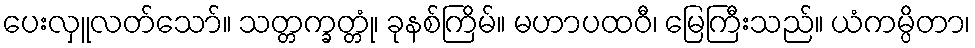
ပေးလှူလတ်သော်။ သတ္တက္ခတ္တုံ၊ ခုနစ်ကြိမ်။ မဟာပထဝီ၊ မြေကြီးသည်။ ယံကမ္ပိတာ၊